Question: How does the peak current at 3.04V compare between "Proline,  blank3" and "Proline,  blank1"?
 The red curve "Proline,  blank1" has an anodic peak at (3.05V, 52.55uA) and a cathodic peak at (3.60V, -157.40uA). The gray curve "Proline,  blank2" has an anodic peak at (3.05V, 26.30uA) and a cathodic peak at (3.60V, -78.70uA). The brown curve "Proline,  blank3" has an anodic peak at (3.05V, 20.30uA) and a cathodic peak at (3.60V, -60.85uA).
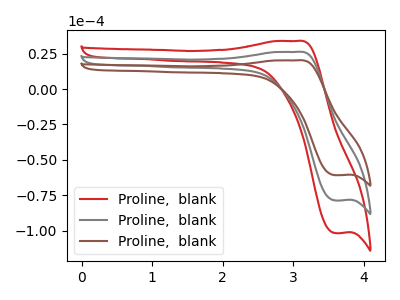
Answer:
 <answer>The peak at 3.04V is lower in "Proline,  blank3" than in "Proline,  blank1".</answer>
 <eval>lower</eval>